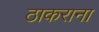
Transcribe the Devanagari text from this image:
ठाकराना